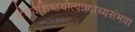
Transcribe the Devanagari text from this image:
देशवैशिष्टयोत्पन्नवाच्यसंभवा